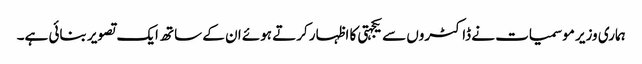
ہماری وزیر موسمیات نے ڈاکٹروں سے یکجہتی کا اظہار کرتے ہوئے ان کے ساتھ ایک تصویر بنائی ہے۔